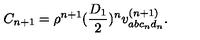
C _ { n + 1 } = \rho ^ { n + 1 } ( \frac { D _ { 1 } } { 2 } ) ^ { n } v _ { a b c _ { n } d _ { n } } ^ { ( n + 1 ) } .